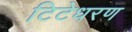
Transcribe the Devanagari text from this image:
टिटेधरण